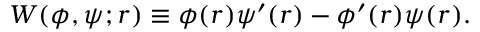
\begin{array} { r } { W ( \phi , \psi ; r ) \equiv \phi ( r ) \psi ^ { \prime } ( r ) - \phi ^ { \prime } ( r ) \psi ( r ) . } \end{array}